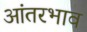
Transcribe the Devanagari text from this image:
आंतरभाव